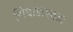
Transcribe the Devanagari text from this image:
गिधाडाएवढा